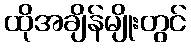
ထိုအချိန်မျိုးတွင်